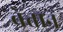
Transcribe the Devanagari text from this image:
ब्रेतान